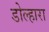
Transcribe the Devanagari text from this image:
डोल्हारा